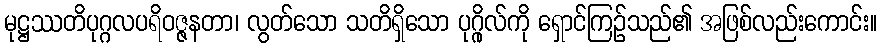
မုဋ္ဌဿတိပုဂ္ဂလပရိဝဇ္ဇနတာ၊ လွတ်သော သတိရှိသော ပုဂ္ဂိုလ်ကို ရှောင်ကြဉ်သည်၏ အဖြစ်လည်းကောင်း။